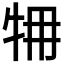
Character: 𤙉